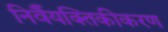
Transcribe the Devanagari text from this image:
निर्वैयक्तिकीकरण